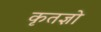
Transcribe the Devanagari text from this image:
कृतज्ञो